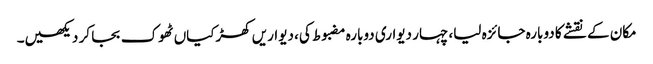
مکان کے نقشے کا دوبارہ جائزہ لیا، چہار دیواری دوبارہ مضبوط کی، دیواریں کھڑکیاں ٹھوک بجا کر دیکھیں۔